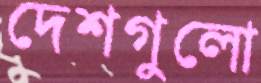
দেশগুলো